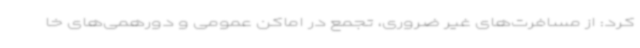
کرد: از مسافرت‌های غیر ضروری، تجمع در اماکن عمومی و دورهمی‌های خا